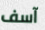
آسف